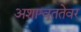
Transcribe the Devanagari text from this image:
अशाश्वततेवर